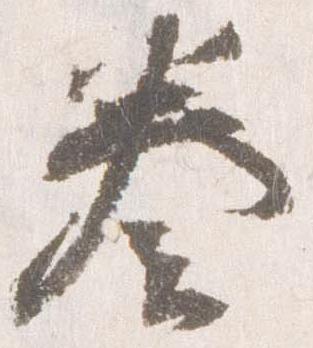
奏